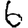
Digit: 6